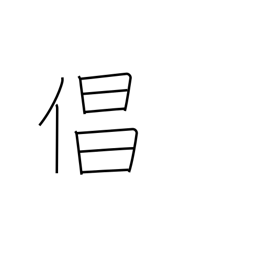
Meaning: actor